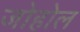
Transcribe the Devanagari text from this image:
जोहोल